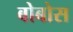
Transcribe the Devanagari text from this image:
बोबोस